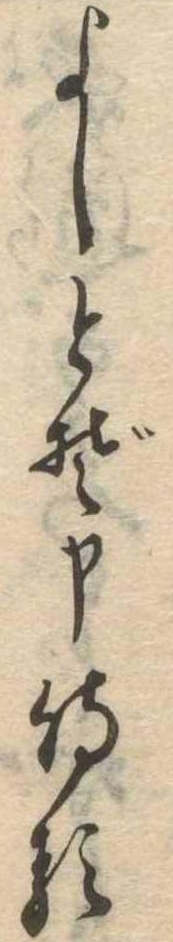
よしとぞ申侍る